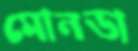
মোনডা